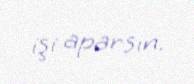
işi aparsın.